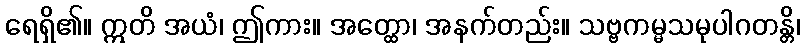
ရေရှိ၏။ ဣတိ အယံ၊ ဤကား။ အတ္ထော၊ အနက်တည်း။ သဗ္ဗကမ္မသမုပါဂတန္တိ၊